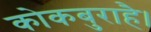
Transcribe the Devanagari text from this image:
कोकबुराहै।